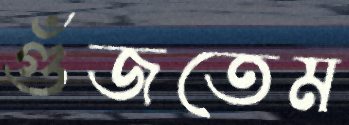
গুঁজতেম